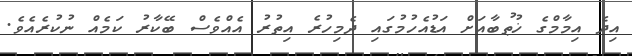
އިދެ އިމާމްގެ ޚުޠުބާއަށް އަޑުއެހުމުގައި ދެމިހުރެ އިތުރު އެއްވެސް ބޭކާރު ކަމެއް ނުކުރެއެވެ.